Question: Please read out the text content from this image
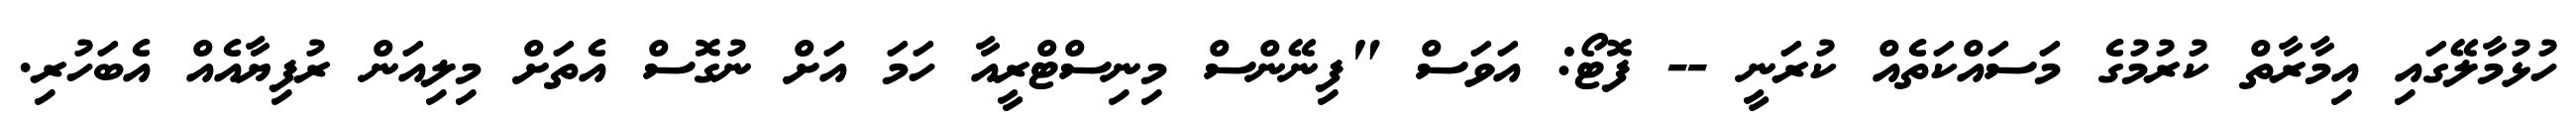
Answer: ހުޅުމާލޭގައި އިމާރާތް ކުރުމުގެ މަސައްކަތެއް ކުރަނީ -- ފޮޓޯ: އަވަސް "ފިނޭންސް މިނިސްޓްރީއާ ހަމަ އަށް ނުގޮސް އެތަށް މިލިއަން ރުފިޔާއެއް އެބަހުރި.